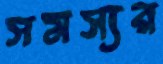
সমস্যর